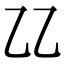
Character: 𠃐